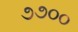
૭૭૦૦